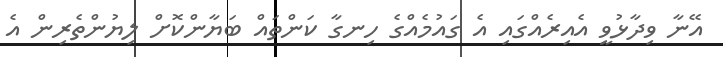
އޭނާ ވިދާޅުވީ އެއިރެއްގައި އެ ގައުމެއްގެ ހިނގާ ކަންތައް ބަޔާންކޮށް ލިޔުންތެރިން އެ